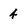
Character: 4